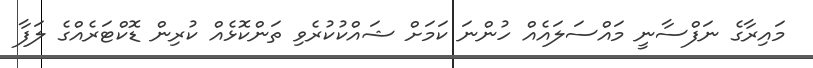
މައިރާގެ ނަފްސާނީ މައްސަލައެއް ހުންނަ ކަމަށް ޝައްކުކުރެވި ތަންކޮޅެއް ކުރިން ޑޮކްޓަރެއްގެ ލަފާ